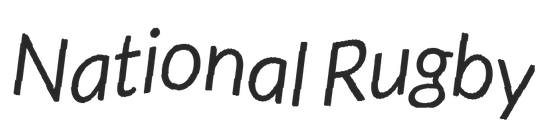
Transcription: National Rugby